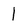
Character: 1